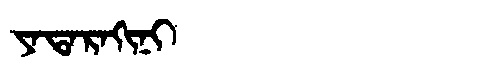
Manchu: ᠶᠠᡨᠠᡵᠠᡴᡳᠨᡳ
Romanization: YATARAKINI